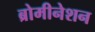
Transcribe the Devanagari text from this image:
ब्रोमीनेशन